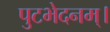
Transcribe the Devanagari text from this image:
पुटभेदनम्।